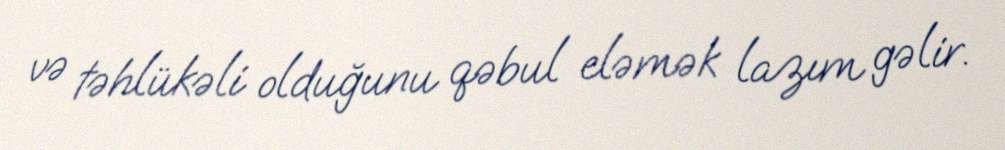
və təhlükəli olduğunu qəbul eləmək lazım gəlir.